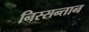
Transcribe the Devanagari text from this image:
निस्सन्तान